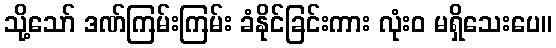
သို့သော် ဒဏ်ကြမ်းကြမ်း ခံနိုင်ခြင်းကား လုံးဝ မရှိသေးပေ။